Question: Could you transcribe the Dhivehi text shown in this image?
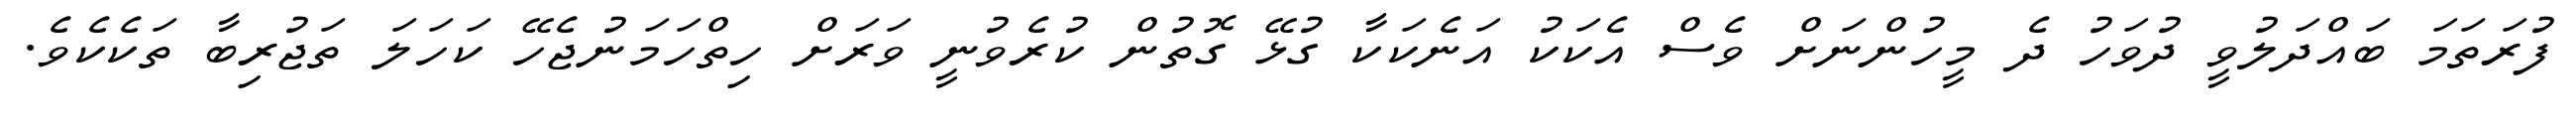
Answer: ފުރަތަމަ ބައްދަލުވީ ދުވަހު ދެ މީހުންނަށް ވެސް އެކަކު އަނެކަކާ ގުޅޭ ގޮތުން ކުރެވުނީ ވަރަށް ހިތްހަމަނުޖެހޭ ކަހަލަ ތަޖުރިބާ ތަކެކެވެ.